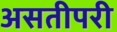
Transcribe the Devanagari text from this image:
असतीपरी